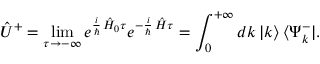
\hat { U } ^ { + } = \operatorname * { l i m } _ { \tau \to - \infty } e ^ { \frac { i } { \hbar } \, \hat { H } _ { 0 } \tau } e ^ { - \frac { i } { \hbar } \, \hat { H } \tau } = \int _ { 0 } ^ { + \infty } d k \, | k \rangle \, \langle \Psi _ { k } ^ { - } | .